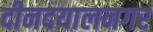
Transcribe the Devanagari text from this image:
दीनदयालनगर